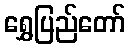
ရွှေပြည်တော်